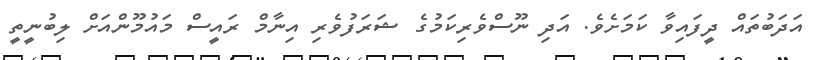
އަދަބުތައް ދީފައިވާ ކަމަށެވެ. އަދި ނޫސްވެރިކަމުގެ ޝަރަފުވެރި އިނާމް ރައީސް މަައުމޫންއަށް ލިބުނީތީ